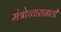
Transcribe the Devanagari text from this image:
मंत्रोच्चारासाठी